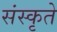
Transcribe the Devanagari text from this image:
संस्कृते